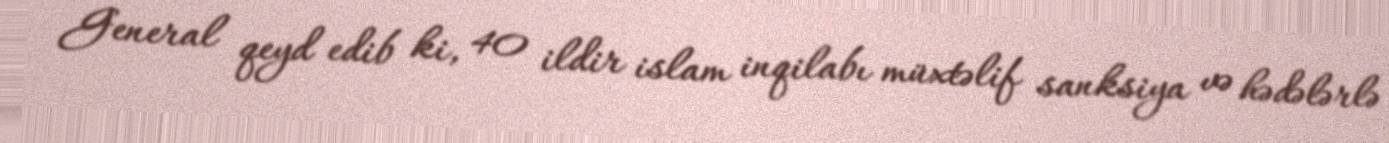
General qeyd edib ki, 40 ildir islam inqilabı müxtəlif sanksiya və hədələrlə